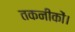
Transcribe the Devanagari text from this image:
तकनीकों।